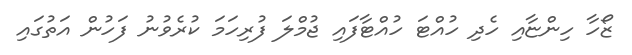
ޒޯހާ ހިންޏާއި ހެދި ހުއްޓަ ހުއްޓާފައި ޖުމްލަ ފުރިހަމަ ކުރެވުނު ފަހުން އަތުގައި